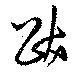
跋